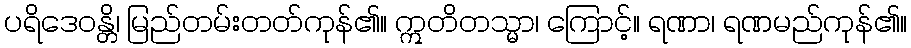
ပရိဒေဝန္တိ၊ မြည်တမ်းတတ်ကုန်၏။ ဣတိတသ္မာ၊ ကြောင့်။ ရဏာ၊ ရဏမည်ကုန်၏။